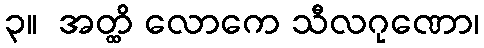
၃။  အတ္ထိ လောကေ သီလဂုဏော၊